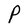
Character: P